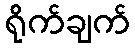
ရိုက်ချက်